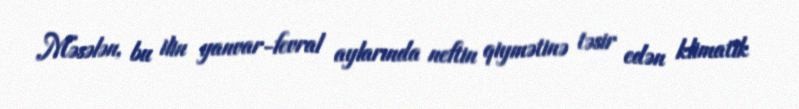
Məsələn, bu ilin yanvar-fevral aylarında neftin qiymətinə təsir edən klimatik